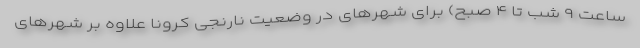
ساعت ۹ شب تا ۴ صبح) برای شهرهای در وضعیت نارنجی کرونا علاوه بر شهرهای